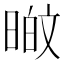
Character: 𭦸